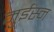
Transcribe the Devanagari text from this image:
मुईस्न